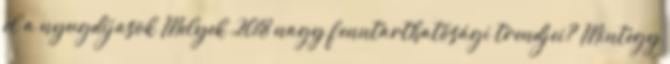
el a nyugdíjasok Melyek 2018 nagy fenntarthatósági trendjei? Mintegy